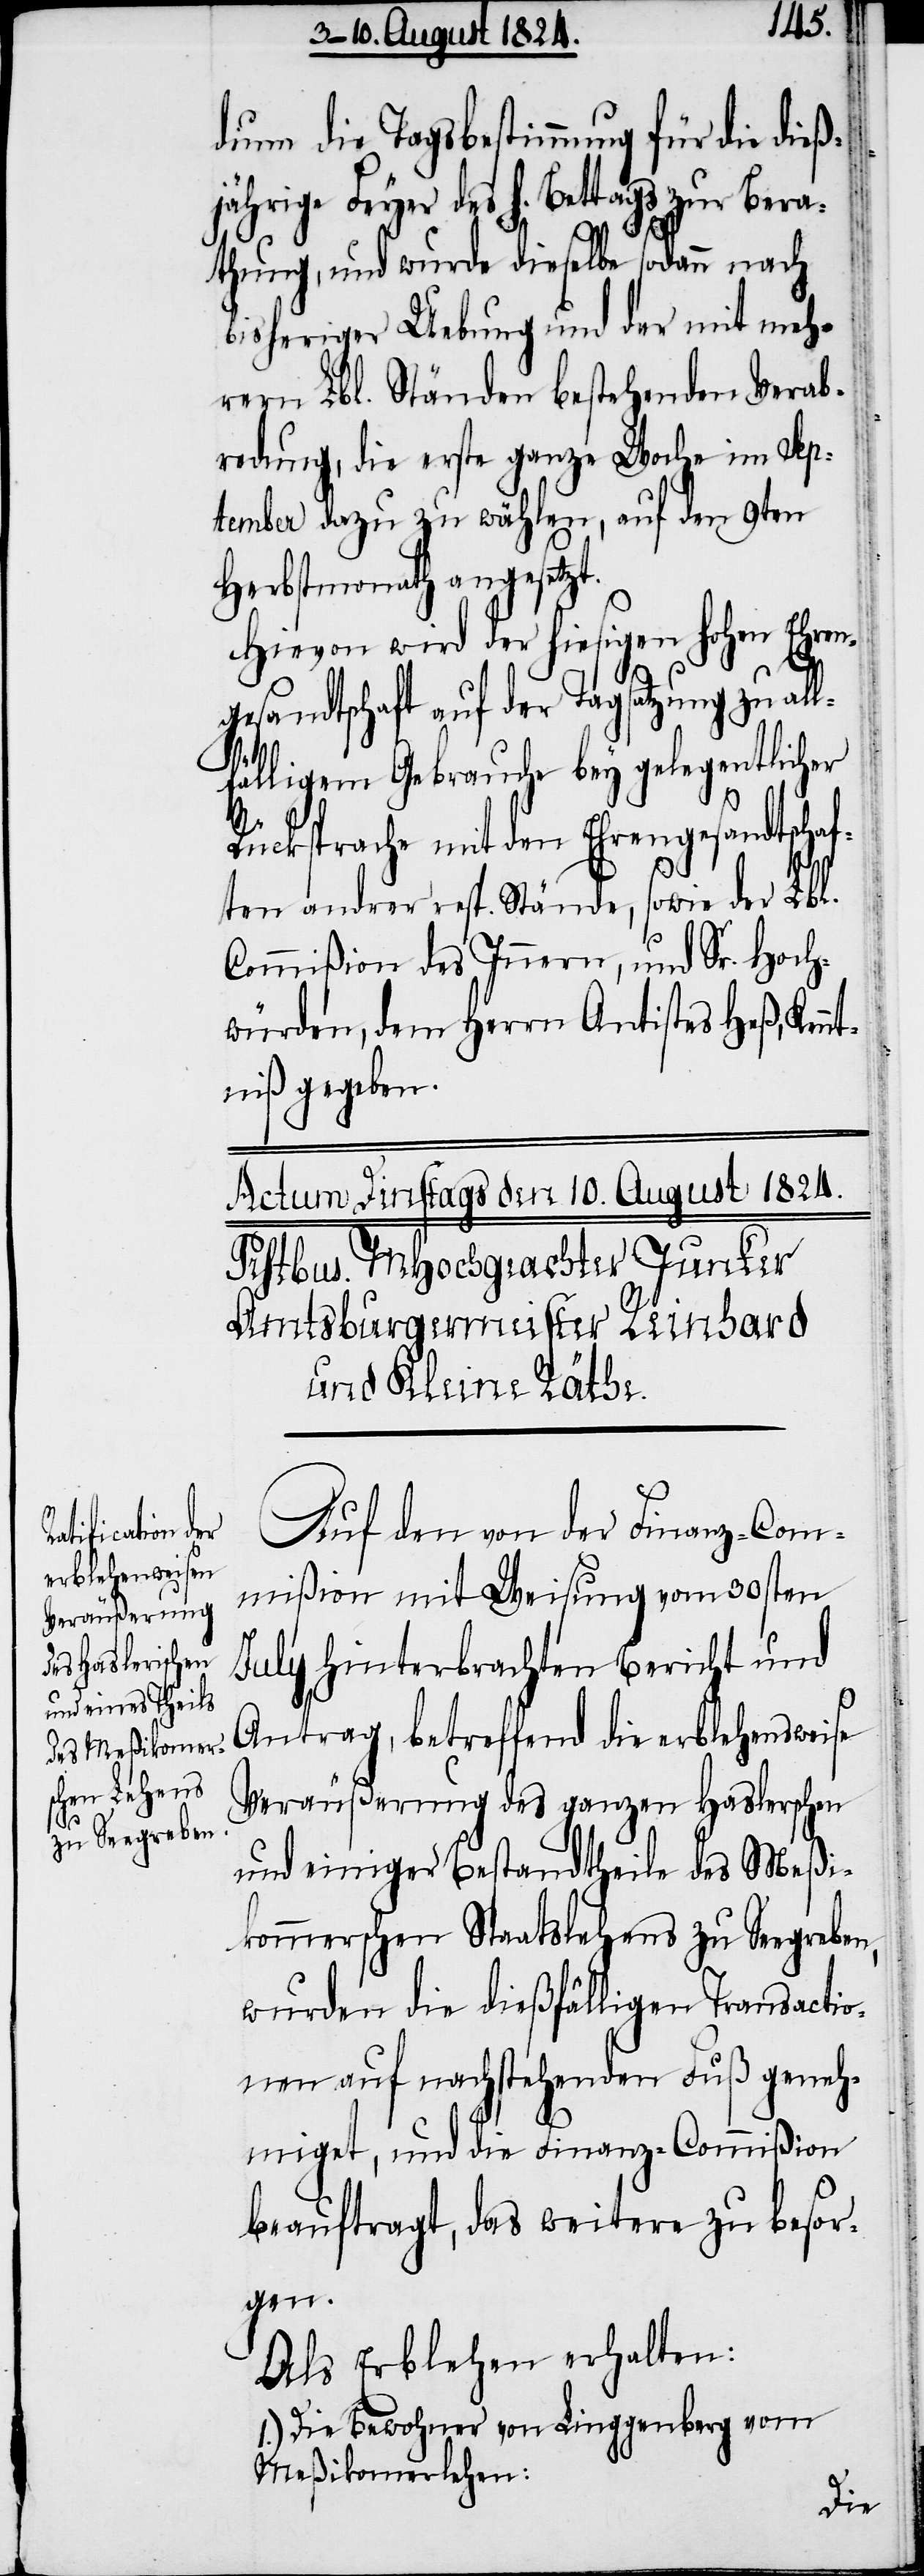
dium die Tagsbestimmung für die die¬
ßjährige Feyer des h. Bettags zur Bera¬
thung, und wurde dieselbe sodann nach
bisheriger Uebung und der mit meh¬
rern Lbl. Ständen bestehenden Verab¬
redung, die erste ganze Woche im Sep¬
tember dazu zu wählen, auf den 9ten
Herbstmonath angesetzt.
Hievon wird der hiesigen Hohen Ehren¬
gesandtschaft auf der Tagsatzung zu al¬
älligem Gebrauche bey gelegentlicher
Rücksprache mit den Ehrengesandtschaf¬
lf¬
ten andrer resp. Stände, sowie der Lbl.
Commißion des Innern, und Sr. Hoch¬
würden, dem Herrn Antistes Heß, Kenn¬
tniß gegeben.
Auf den von der Finanz-Com¬
mißion mit Weisung vom 30sten
July hinterbrachten Bericht und
Antrag, betreffend die erblehensweise
Veräußerung des ganzen Haslerschen
und einiger Bestandtheile des Meßi¬
kommerschen Staatslehens zu Seegreben,
wurden die dießfälligen Transactio¬
nen auf nachstehenden Fuß geneh¬
miget, und die Finanz-Commißion
beauftragt, das weitere zu besor¬
gen.
Als Erblehen erhalten:
1.) Die Bewohner von Linggenberg vom
Meßikomerlehen: